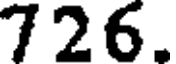
726.